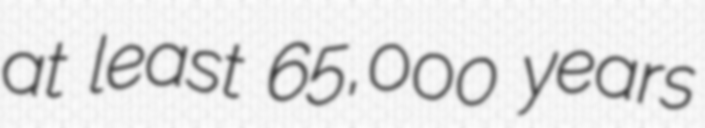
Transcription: at least 65,000 years